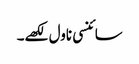
سائنسی ناول لکھے۔